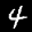
Label: 4